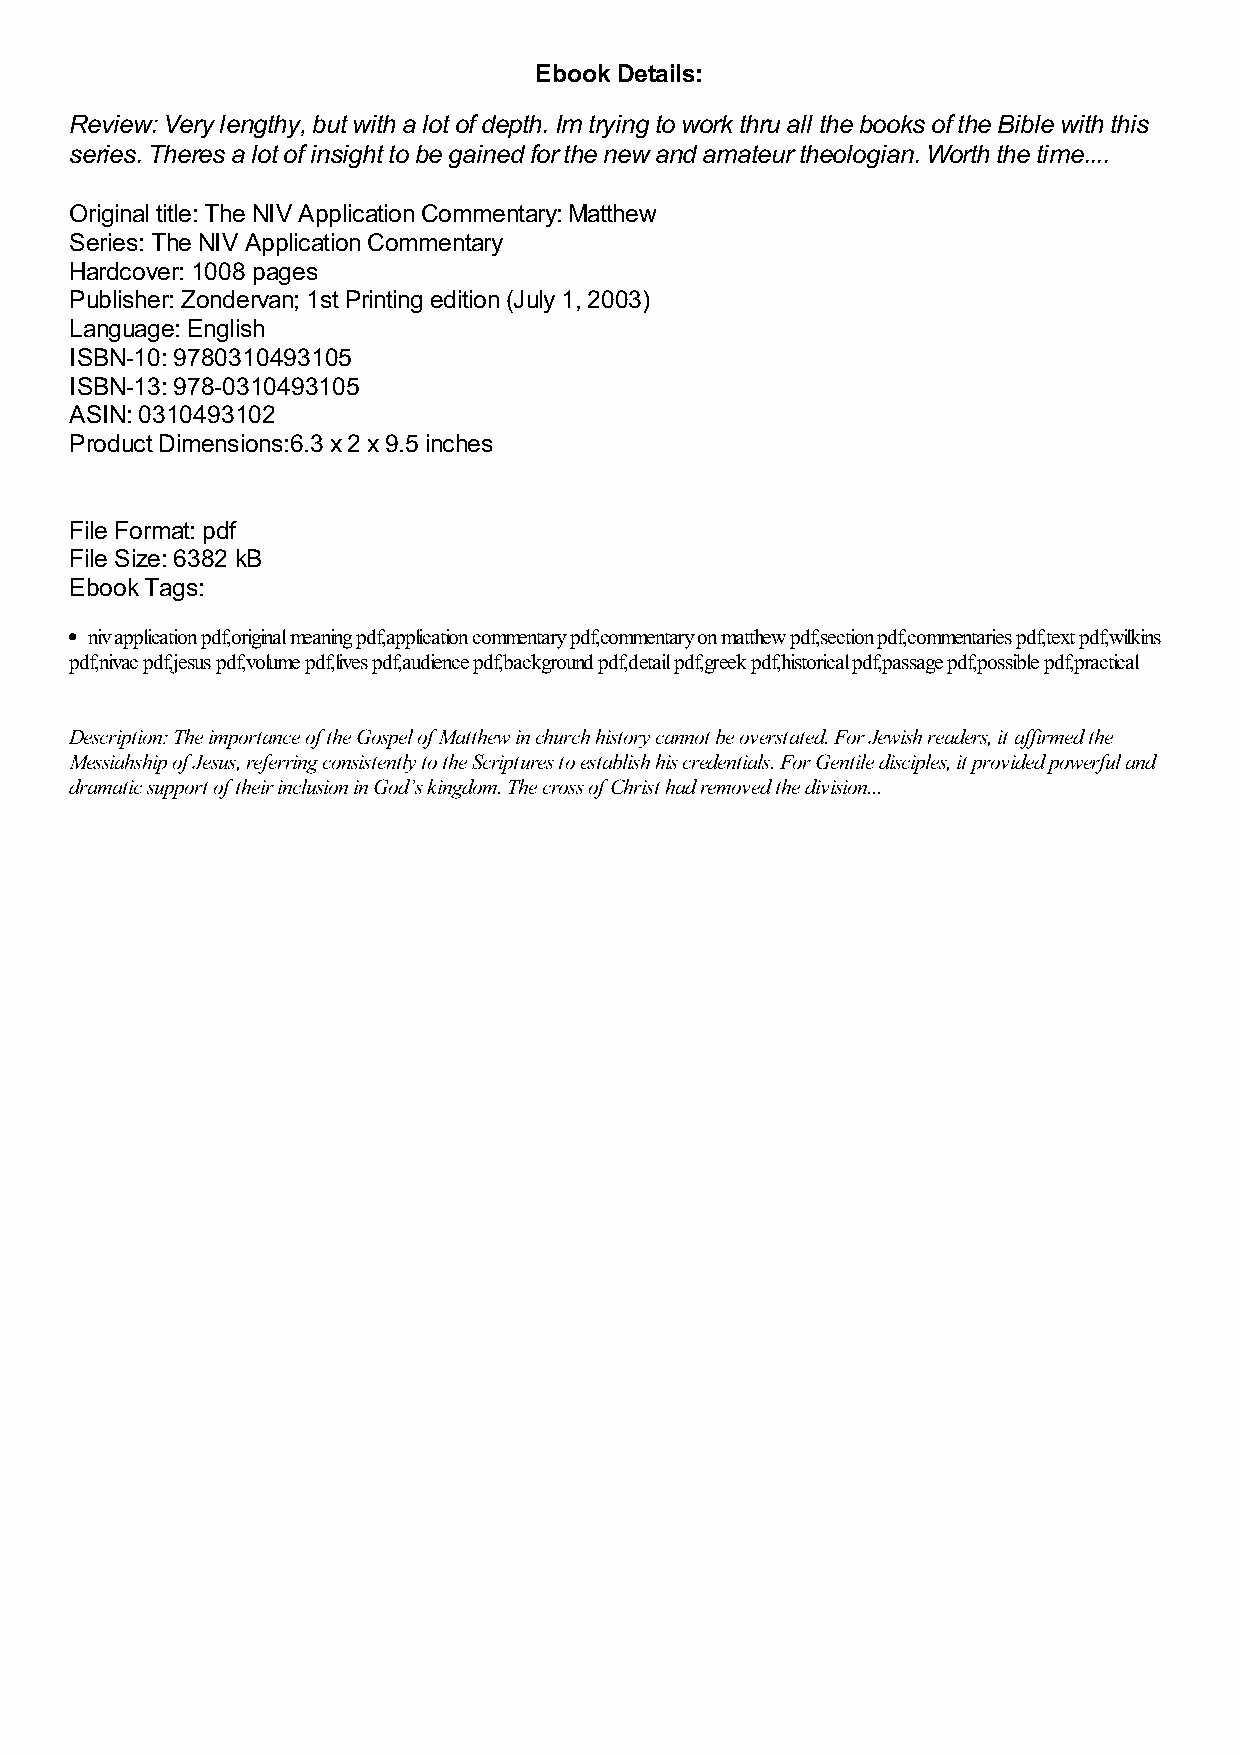
Ebook Details:
 Review: Very lengthy, but with a lot of depth. Im trying to work thru all the books of the Bible with this
 series. Theres a lot of insight to be gained for the new and amateur theologian. Worth the time....
 Original title: The NIV Application Commentary: Matthew
 Series: The NIV Application Commentary
 Hardcover: 1008 pages
 Publisher: Zondervan; 1st Printing edition (July 1, 2003)
 Language: English
 ISBN-10: 9780310493105
 ISBN-13: 978-0310493105
 ASIN: 0310493102
 Product Dimensions:6.3 x 2 x 9.5 inches
 File Format: pdf
 File Size: 6382 kB
 Ebook Tags:
 niv application pdf,original meaning pdf,application commentary pdf,commentary on matthew pdf,section pdf,commentaries pdf,text pdf,wilkins
 pdf,nivac pdf,jesus pdf,volume pdf,lives pdf,audience pdf,background pdf,detail pdf,greek pdf,historical pdf,passage pdf,possible pdf,practical
 Description: The importance of the Gospel of Matthew in church history cannot be overstated. For Jewish readers, it affirmed the
 Messiahship of Jesus, referring consistently to the Scriptures to establish his credentials. For Gentile disciples, it provided powerful and
 dramatic support of their inclusion in God’s kingdom. The cross of Christ had removed the division...